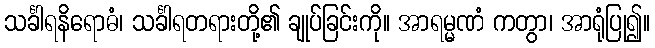
သင်္ခါရနိရောဓံ၊ သင်္ခါရတရားတို့၏ ချုပ်ခြင်းကို။ အာရမ္မဏံ ကတွာ၊ အာရုံပြု၍။